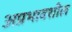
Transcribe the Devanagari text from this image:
अप्रभावशील